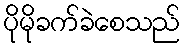
ပိုမိုခက်ခဲစေသည်